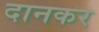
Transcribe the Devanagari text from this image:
दानकर